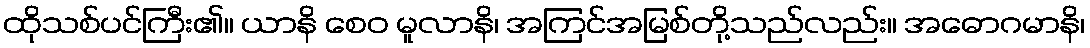
ထိုသစ်ပင်ကြီး၏။ ယာနိ စေဝ မူလာနိ၊ အကြင်အမြစ်တို့သည်လည်း။ အဓောဂမာနိ၊